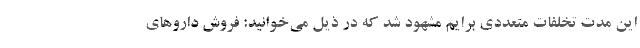
این مدت تخلفات متعددی برایم مشهود شد که در ذیل می‌خوانید: فروش داروهای